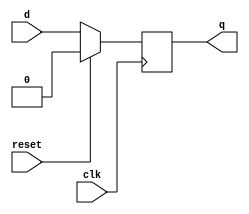
//1-bit flipflop
module flip_flop1(d,q,clk,reset);
input d,clk,reset;
output q;
reg q;
always@(posedge clk)
begin
if(reset==1'b1)
q<=1'b0;
else
q<=d;
end 
endmodule       

//16-bit flip flop
module flip_flop16(d1,q1,clk,reset);
input [15:0] d1;
input clk,reset;
output  [15:0] q1;
reg [15:0] q1;
always@(posedge clk)
begin
if(reset==1'b1)
q1<=16'b0;
else
q1<=d1;
end 
endmodule